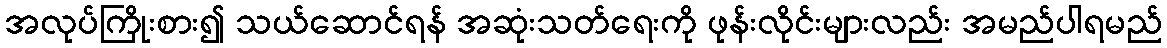
အလုပ်ကြိုးစား၍ သယ်ဆောင်ရန် အဆုံးသတ်ရေးကို ဖုန်းလိုင်းများလည်း အမည်ပါရမည်